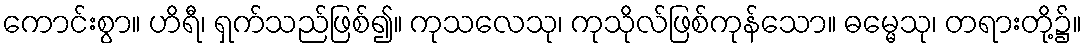
ကောင်းစွာ။ ဟိရီ၊ ရှက်သည်ဖြစ်၍။ ကုသလေသု၊ ကုသိုလ်ဖြစ်ကုန်သော။ ဓမ္မေသု၊ တရားတို့၌။